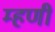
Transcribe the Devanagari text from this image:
म्‍हणी